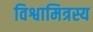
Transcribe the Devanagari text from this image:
विश्वामित्रस्य